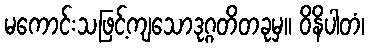
မကောင်းသဖြင့်ကျသောဒုဂ္ဂတိတခုမှ။ ဝိနိပါတံ၊